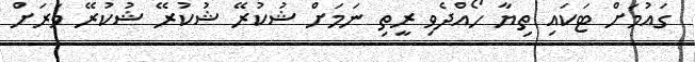
ގައުމަށް ޓަކައި ތިޔާ ހޯއްދެވި ރީތި ނަމަށް ޝުކުރޭ ޝުކުރޭ ޝުކުރޭ ވަރަށް